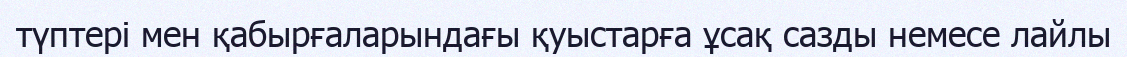
түптері мен қабырғаларындағы қуыстарға ұсақ сазды немесе лайлы